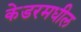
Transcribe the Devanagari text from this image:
केडरमधील